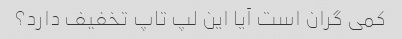
کمی گران است آیا این لپ تاپ تخفیف دارد؟